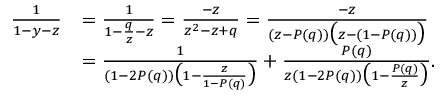
\begin{array} { r l } { \frac { 1 } { 1 - y - z } } & { = \frac { 1 } { 1 - \frac { q } { z } - z } = \frac { - z } { z ^ { 2 } - z + q } = \frac { - z } { ( z - P ( q ) ) \big ( z - ( 1 - P ( q ) ) \big ) } } \\ & { = \frac { 1 } { ( 1 - 2 P ( q ) ) \big ( 1 - \frac { z } { 1 - P ( q ) } \big ) } + \frac { P ( q ) } { z ( 1 - 2 P ( q ) ) \big ( 1 - \frac { P ( q ) } { z } \big ) } . } \end{array}